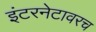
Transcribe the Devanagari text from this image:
इंटरनेटावरच